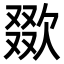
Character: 欼